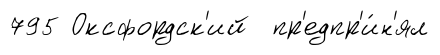
795 Оксфордск'ий пр'едпр'и́н'ял